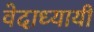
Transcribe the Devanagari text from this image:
वेदाध्यायी